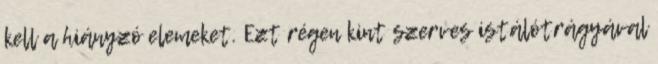
kell a hiányzó elemeket. Ezt régen kint szerves istálótrágyával